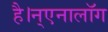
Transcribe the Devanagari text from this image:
है।न्एनालॉग